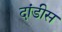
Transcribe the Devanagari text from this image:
दांडीस